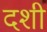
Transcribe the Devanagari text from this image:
दशी